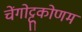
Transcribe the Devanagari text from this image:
चेंगोट्टूकोणम